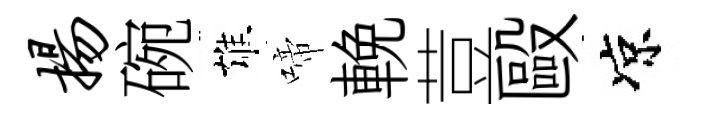
扬碗雄啼輓荳毆凉